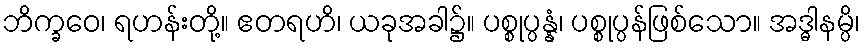
ဘိက္ခဝေ၊ ရဟန်းတို့။ ဧတရဟိ၊ ယခုအခါ၌။ ပစ္စုပ္ပန္နံ၊ ပစ္စုပ္ပန်ဖြစ်သော။ အဒ္ဓါနမ္ပိ၊